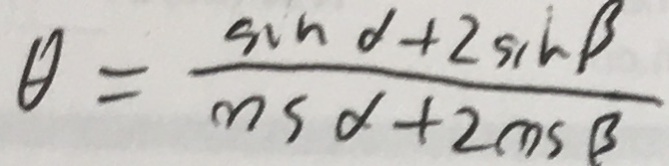
\theta = \frac { \sin d + 2 \sin \beta } { \cos d + 2 \cos \beta }